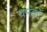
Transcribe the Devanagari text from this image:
यमकों